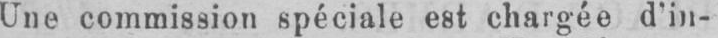
Une commission spéciale est chargée d’in-